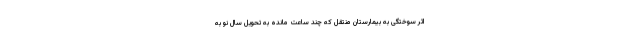
اثر سوختگی به بیمارستان منتقل که چند ساعت مانده به تحویل سال نو به